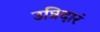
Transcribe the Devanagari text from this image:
उन्निदारं